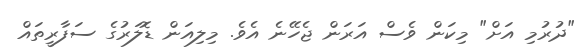
"ދުރުމި އަށް" މިކަން ވެސް އަރަން ޖެހޭނެ އެވެ. މިލިއަން ޑޮލަރުގެ ސަފާރީތައް